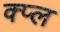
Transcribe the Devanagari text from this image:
क्प्ल